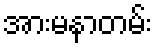
အားမနာတမ်း